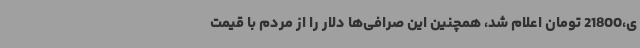
ی،21800 تومان اعلام شد، همچنین این صرافی‌ها دلار را از مردم با قیمت